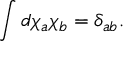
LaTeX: \int d \chi _ { a } \chi _ { b } = \delta _ { a b } .